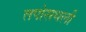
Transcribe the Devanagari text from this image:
तपोसथली